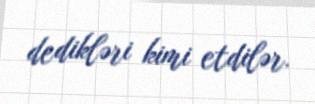
dedikləri kimi etdilər.